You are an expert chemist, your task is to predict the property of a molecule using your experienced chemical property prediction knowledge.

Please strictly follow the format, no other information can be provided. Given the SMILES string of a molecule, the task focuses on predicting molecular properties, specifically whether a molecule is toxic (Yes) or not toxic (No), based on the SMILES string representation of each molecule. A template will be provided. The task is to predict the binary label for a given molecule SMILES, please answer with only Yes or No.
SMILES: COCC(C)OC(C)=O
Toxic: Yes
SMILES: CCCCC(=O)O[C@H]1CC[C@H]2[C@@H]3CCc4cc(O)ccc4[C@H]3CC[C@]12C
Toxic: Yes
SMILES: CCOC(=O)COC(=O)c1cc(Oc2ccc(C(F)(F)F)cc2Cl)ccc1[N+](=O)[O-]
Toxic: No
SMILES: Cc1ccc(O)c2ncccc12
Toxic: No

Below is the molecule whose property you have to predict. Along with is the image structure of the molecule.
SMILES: CCC(C)(C)OC(=O)N[C@@H](Cc1c[nH]c2ccccc12)C(=O)N[C@@H](CCSC)C(=O)N[C@@H](CC(=O)O)C(=O)N[C@@H](Cc1ccccc1)C(N)=O
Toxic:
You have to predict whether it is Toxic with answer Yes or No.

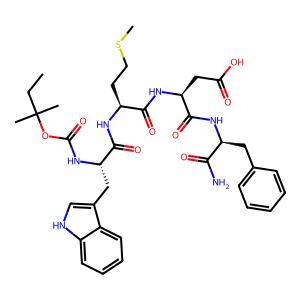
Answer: No